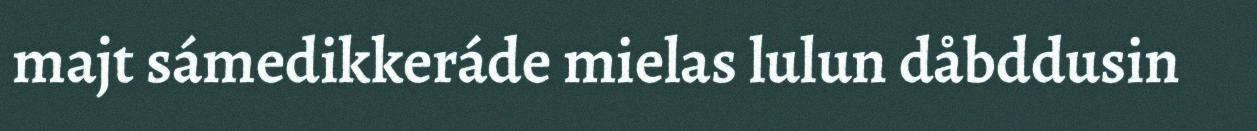
majt sámedikkeráde mielas lulun dåbddusin